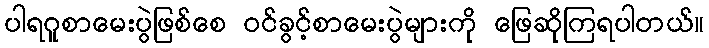
ပါရဂူစာမေးပွဲဖြစ်စေ ဝင်ခွင့်စာမေးပွဲများကို ဖြေဆိုကြရပါတယ်။